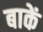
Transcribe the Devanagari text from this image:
बाकें